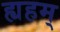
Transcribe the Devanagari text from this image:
ह्यहम्